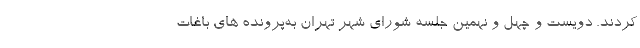
کردند. دویست و چهل و نهمین جلسه شورای شهر تهران به‌پرونده های باغات